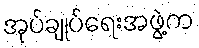
အုပ်ချုပ်ရေးအဖွဲ့က